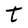
Character: t